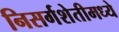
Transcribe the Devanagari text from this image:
निसर्गशेतीमध्ये